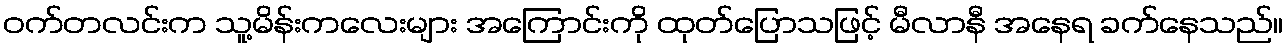
ဝက်တလင်းက သူ့မိန်းကလေးများ အကြောင်းကို ထုတ်ပြောသဖြင့် မီလာနီ အနေရ ခက်နေသည်။